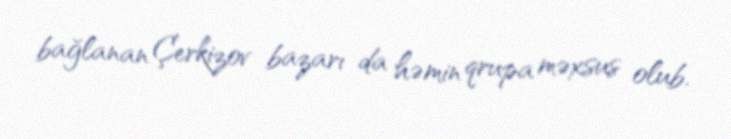
bağlanan Çerkizov bazarı da həmin qrupa məxsus olub.